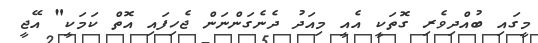
މީގައި ބުއްދިވެރި ގޮތަކީ އެއީ މިއަދު ދެނެގަންނަން ޖެހިފައި އޮތް ކަމަކީ" އޭޖީ